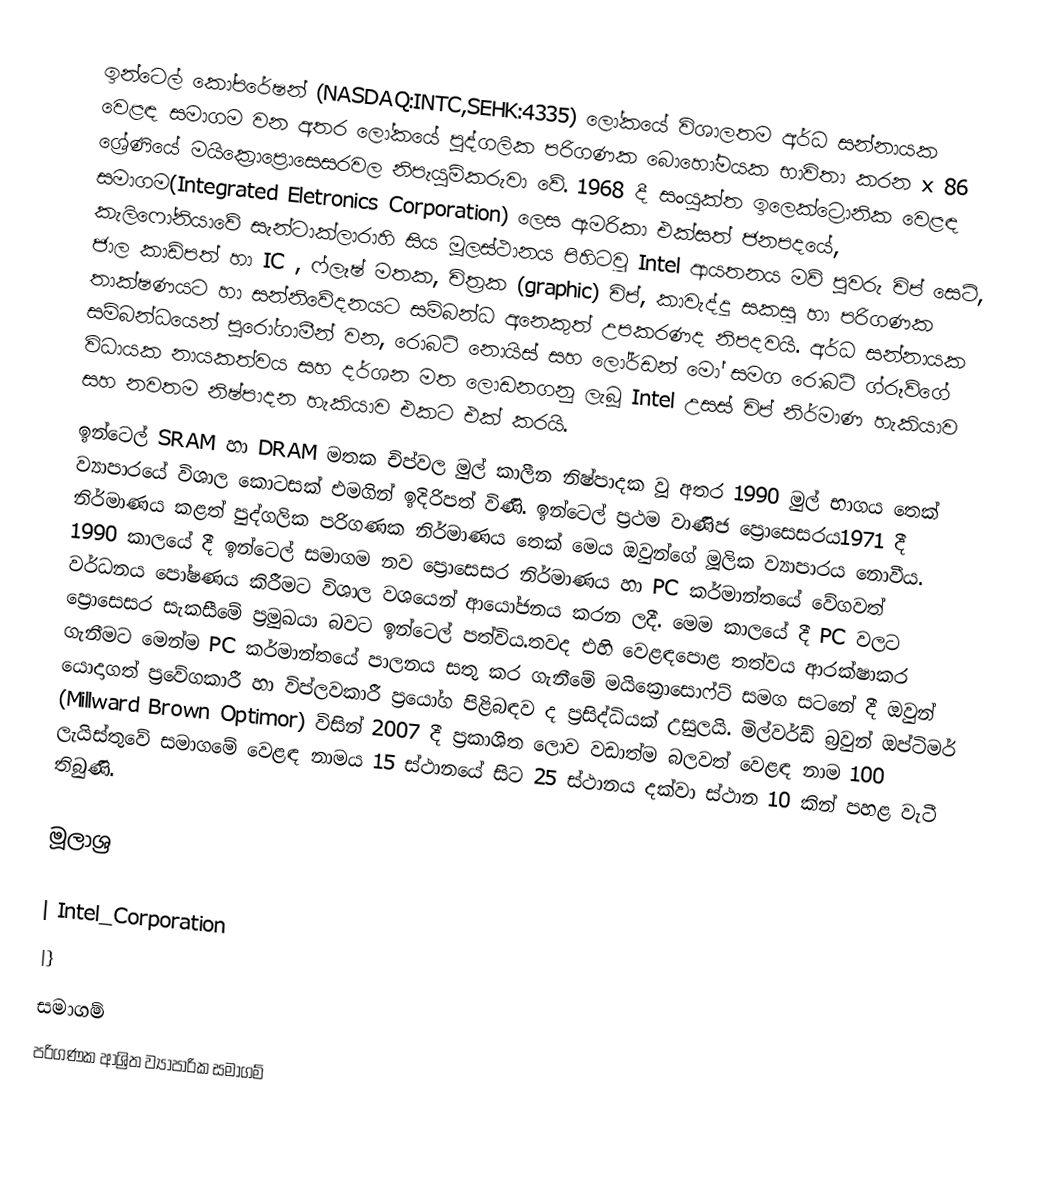
ඉන්‍‍ටෙල් කෝපරේෂන් (NASDAQ:INTC,SEHK:4335) ලෝකයේ විශාලතම අර්ධ සන්නායක වෙළඳ සමාගම වන අතර ලෝකයේ පුද්ගලික පරිගණක බොහෝමයක භාවිතා කරන x 86 ශ්‍රේණියේ මයික්‍රොප්‍රොසෙසරවල නිපැයුම්කරුවා වේ. 1968 දී සංයුක්ත ඉලෙක්ට්‍රොනික වෙළඳ සමාගම(Integrated Eletronics Corporation) ලෙස ඇමරිකා එක්සත් ජනපදයේ, කැලිෆෝනියාවේ සැන්ටාක්ලාරාහි සිය මූලස්ථානය පිහිටවූ Intel ආයතනය මව් පුවරු චිප් සෙට්, ජාල කාඩ්පත් හා IC , ෆ්ලෑෂ් මතක, චිත්‍රක (graphic) චිප්, කාවැද්දූ සකසූ හා පරිගණක තාක්ෂණයට හා සන්නිවේදනයට සම්බන්ධ අනෙකුත් උපකරණද නිපදවයි. අර්ධ සන්නායක සම්බන්ධයෙන් පුරෝගාමීන් වන, රොබට් නොයිස් සහ ලෝර්ඩන් මෝ සමග රොබට් ග්රූව්ගේ විධායක නායකත්වය සහ දර්ශන මත ලොඩනගනු ලැබූ Intel උසස් චිප් නිර්මාණ හැකියාව සහ නවතම නිෂ්පාදන හැකියාව එකට එක් කරයි.
ඉන්ටෙල් SRAM හා DRAM මතක චිප්වල මුල් කාලීන නිෂ්පාදක වූ අතර 1990 මුල් භාගය තෙක් ව්‍යාපාරයේ විශාල කොටසක් එමගින් ඉදිරිපත් විණි. ඉන්ටෙල් ප්‍රථම වාණිජ ප්‍රොසෙසරය1971 දී නිර්මාණය කළත් පුද්ගලික පරිගණක නිර්මාණය තෙක් මෙය ඔවු‍න්ගේ මූලික ව්‍යාපාරය නොවීය. 1990 කාලයේ දී ඉන්ටෙල් සමාගම නව ප්‍රොසෙසර නිර්මාණය හා PC කර්මාන්තයේ වේගවත් වර්ධනය පෝෂණය කිරීමට විශාල ව‍ශයෙන් ආයෝජනය කරන ලදී. මෙම කාලයේ දී PC වලට ප්‍රොසෙසර සැකසීමේ ප්‍රමුඛයා බවට ඉන්ටෙල් පත්විය.තවද එහි වෙළඳපොළ තත්වය ආරක්ෂාකර ගැනීමට මෙන්ම PC කර්මාන්තයේ පාලනය සතු කර ගැනීමේ මයික්‍රොසොෆ්ට් සමග සටනේ දී ඔවුන් යොදාගත් ‍ප්‍රවේගකාරී හා විප්ලවකාරී ප්‍රයෝග පිළිබඳව ද ප්‍රසිද්ධියක් උසුලයි. මිල්වර්ඩ් බ්‍රවුන් ඔප්ටිමර් (Millward Brown Optimor) විසින් 2007 දී ප්‍රකාශිත ලොව වඩාත්ම බලවත් වෙළඳ නාම 100 ලැයිස්තුවේ සමාගමේ වෙළඳ නාමය 15 ස්ථානයේ සිට 25 ස්ථානය දක්වා ස්ථාන 10 කින් පහළ වැටී තිබුණි.

මූලාශ්‍ර

| Intel_Corporation
|}
සමාගම්
පරිගණක ආශ්‍රිත ව්‍යාපාරික සමාගම්